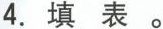
4.填表。